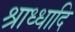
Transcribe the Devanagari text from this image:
श्राध्धादि